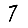
Digit: 7